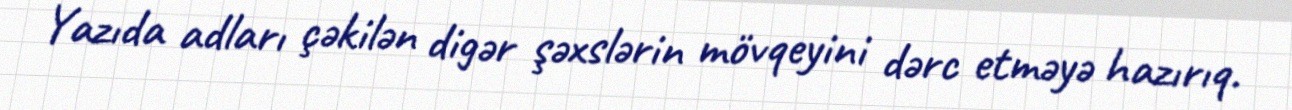
Yazıda adları çəkilən digər şəxslərin mövqeyini dərc etməyə hazırıq.